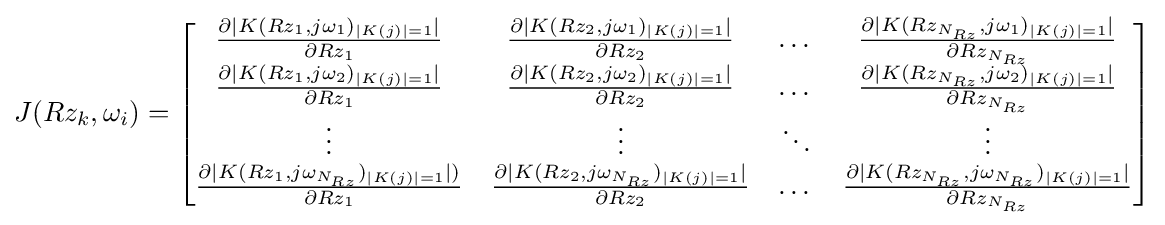
J(Rz_{k},\omega _{i})={\begin{bmatrix}{\frac {\partial {|K(Rz_{1},j\omega _{1})_{|K(j)|=1}|}}{\partial {Rz_{1}}}}&{\frac {\partial {|K(Rz_{2},j\omega _{1})_{|K(j)|=1}|}}{\partial {Rz_{2}}}}&\dots &{\frac {\partial {|K(Rz_{N_{Rz}},j\omega _{1})_{|K(j)|=1}|}}{\partial {Rz_{N_{Rz}}}}}\\{\frac {\partial {|K(Rz_{1},j\omega _{2})_{|K(j)|=1}|}}{\partial {Rz_{1}}}}&{\frac {\partial {|K(Rz_{2},j\omega _{2})_{|K(j)|=1}|}}{\partial {Rz_{2}}}}&\dots &{\frac {\partial {|K(Rz_{N_{Rz}},j\omega _{2})_{|K(j)|=1}|}}{\partial {Rz_{N_{Rz}}}}}\\\vdots &\vdots &\ddots &\vdots \\{\frac {\partial {|K(Rz_{1},j\omega _{N_{Rz}})_{|K(j)|=1}|)}}{\partial {Rz_{1}}}}&{\frac {\partial {|K(Rz_{2},j\omega _{N_{Rz}})_{|K(j)|=1}|}}{\partial {Rz_{2}}}}&\dots &{\frac {\partial {|K(Rz_{N_{Rz}},j\omega _{N_{Rz}})_{|K(j)|=1}|}}{\partial {Rz_{N_{Rz}}}}}\\\end{bmatrix}}